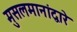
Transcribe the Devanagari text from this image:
मुसलमानांद्वारे